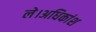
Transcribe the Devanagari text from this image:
ले।अधिकांश